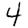
Digit: 4